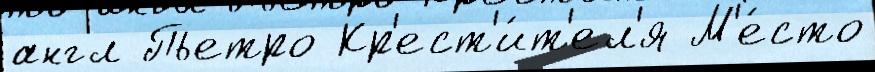
англ Пьетро Кр'ест'и́т'ел'я М'е́сто